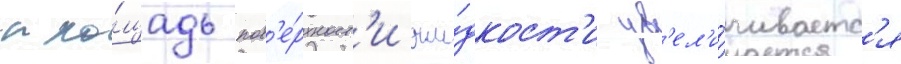
пло́щадь пов'е́рхност'и жи́дкост'и ув'ел'и́чиваетс'я